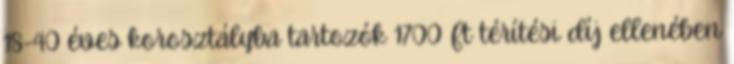
18-40 éves korosztályba tartozók 1700 Ft térítési díj ellenében